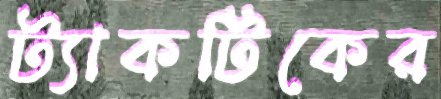
ট্যাকটিকের